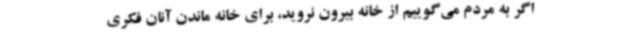
اگر به مردم می‌گوییم از خانه بیرون نروید، برای خانه ماندن آنان فکری